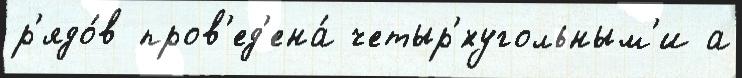
р'ядо́в пров'ед'ена́ четыр'́хугольным'и а